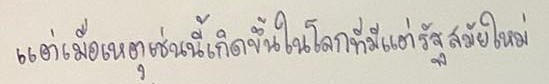
แต่เมื่อเหตุเช่นนี้เกิดขึ้นในโลกที่มีแต่รัฐสมัยใหม่